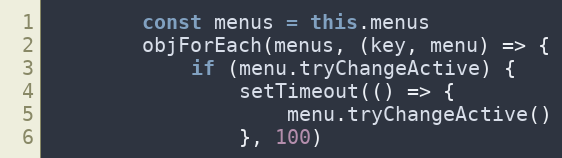
Language: JavaScript
        const menus = this.menus
        objForEach(menus, (key, menu) => {
            if (menu.tryChangeActive) {
                setTimeout(() => {
                    menu.tryChangeActive()
                }, 100)